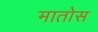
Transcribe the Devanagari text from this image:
मातोस